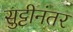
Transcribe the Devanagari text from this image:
सुट्टीनंतर